Tezpur Lunatic Asylum reports 1877-1894 - 1877-1894
Year: 1877
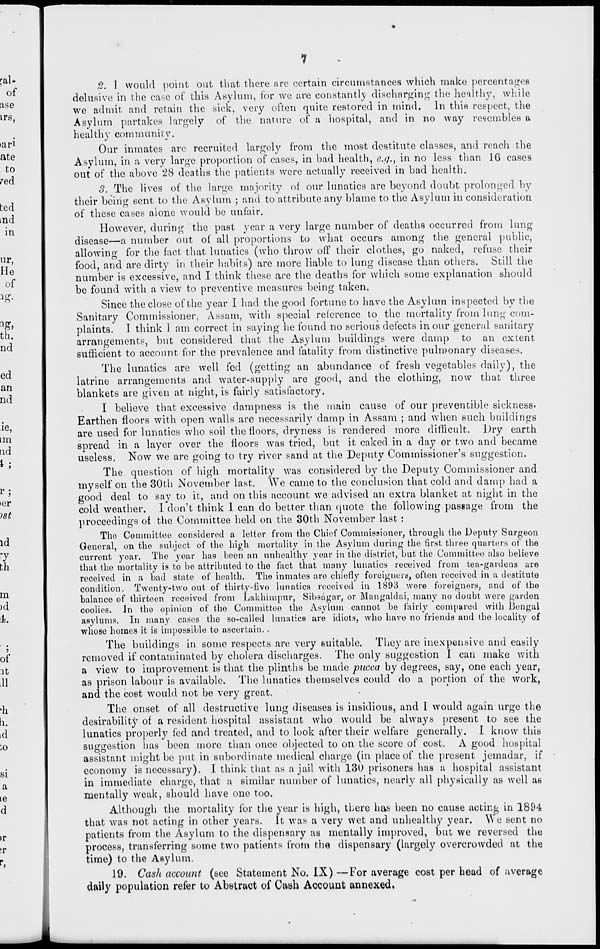
0
I would point out that there are certain circumstances which make percentages
delusive in the case of this Asylum, for we are constantly discharging the healthy, while
we admit and retain the sick, very often quite restored in mind. In thiB respect, the
Asylum partakes largely of the nature of a hospital, and in no way resembles a
healthy community.
Our inmates arc recruited largely from the most destitute classes, and reach the
Asylum, in a very large proportion of cases, in bad health, e.</., in no less than 16 cases
out of the above 28 deaths the patients were actually received in bad health.
3. The lives of the large majority of our lunatics are beyond doubt prolonged by
their being sent to the Asylum ; and to attribute any blame to the Asylum in consideration
of these cases alone would be unfair.
However, during the past year a very large number of deaths occurred from lung
disease—a number out of all proportions to what occurs among the general public,
allowing for the fact that lunatics (who throw off their clothes, go naked, refuse their
food, and are dirty in their habits) are more liable to lung disease than others. Still the
number is excessive, and I think these are the deaths for which some explanation should
be found with a view to preventive measures being taken.
Since the close of the year I had the good fortune to have the Asylum inspected by the
Sanitary Commissioner, Assam, with special reference to the mortality from lung com-
plaints. I think 1 am correct in saying he found no serious defects in our general sanitary
arrangements, but considered that the Asylum buildings were damp to an extent
sufficient to account for the prevalence and fatality from distinctive pulmonary diseases.
The lunatics are well fed (getting an abundance of fresh vegetables daily), the
latrine arrangements and water-supply are good, and the clothing, now that three
blankets are given at night, is fairly satisfactory.
I believe that excessive dampness is the main cause of our preventible sickness-
Earthen floors with open walls are necessarily damp in Assam ; and when such buildings
are used for lunatics who soil the floors, dryness is rendered more difficult. Dry earth
spread in a layer over the floors was tried, but it caked in a day or two and became
useless. Now we are going to try river sand at the Deputy Commissioner's suggestion.
The question of high mortality was considered by the Deputy Commissioner and
myself on the 30th November last. We came to the conclusion that cold and damp had a
good deal to say to it, and on this account we advised an extra blanket at night in the
cold weather. I don't think I can do better than quote the following passage from the
proceedings oi the Committee held on the 30th November last:
Tho Committee considered a letter from the Chief Commissioner, through the Deputy Surgeon
General, on the subject of the high mortality in the Asylum during the first three quarters of the
current year. Tho year has been an unhealthy year in the district, but the Committee also believe
that the mortality is to bo attributed to the fact that many lunatics received from tea-gardens are
received in a bad state of health. The inmates aro chiefly foreigners, often received in a destitute
condition. Twenty-two out of thirty-five lunatics received in 1893 were foreigners, and of the
balance of thirteen received from Lakhimpur, Sibsagar, or Mangaldai, many no doubt were garden
coolies. In the opinion of the Committee the Asylum cannot bo fairly compared with Bengal
asylums. In many cases the so-called lunatics are idiots, who have no friends and the locality of
whose homes it is impossible to ascertain. .
The buildings in some respects arc very suitable. They are inexpensive and easily
removed if contaminated by cholera discharges. The only suggestion I can make with
a view to improvement is that the plinths be made pucca by degrees, say, one each year,
as prison labour is available, The lunatics themselves could do a portion of the work,
and the cost would not be very great.
The onset of all destructive lung diseases is insidious, and I would again urge the
desirability of a resident hospital assistant who would be always present to see the
lunatics properly fed and treated, and to look after their welfare generally. I know this
suggestion has been more than once objected to on the score of cost. A good hospital
assistant might be put in subordinate medical charge (in place of the present jemadar, if
economy is necessary). I think that as a jail with 130 prisoners has a hospital assistant
in immediate charge, that a similar number of lunatics, nearly all physically as well as
mentally weak, should have one too.
Although the mortality for the year is high, there has been no cause acting in 1894
that was not acting in other years. It was a very wet and unhealthy year. We sent no
patients from the Asylum to the dispensary as mentally improved, but we reversed the
process, transferring some two patients from the dispensary (largely overcrowded at the
time) to the Asylum.
19. Cash account (see Statement No. IX) —For average cost per head of average
daily population refer to Abstract of Cash Account annexed,